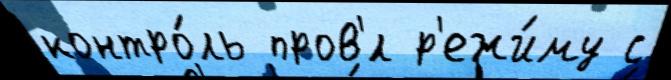
контро́ль пров'́л р'ежи́му с